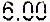
6.00